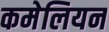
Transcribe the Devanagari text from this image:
कमेलियन